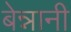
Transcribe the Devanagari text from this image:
बेन्नानी